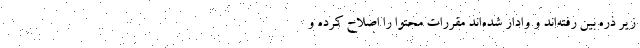
زیر ذره بین رفته‌اند و وادار شده‌اند مقررات محتوا را اصلاح کرده و